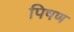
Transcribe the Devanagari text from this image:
पिषण